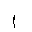
Letter: _alif